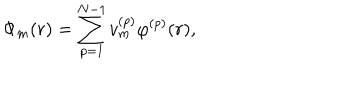
LaTeX: \Phi _ { m } ( r ) = \sum _ { p = 1 } ^ { N - 1 } v _ { m } ^ { ( p ) } \varphi ^ { ( p ) } ( r ) ,